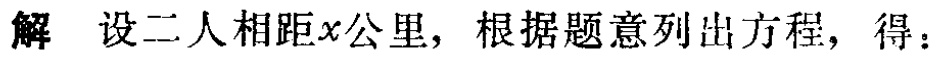
解 设二人相距\(x\)公里，根据题意列出方程，得：